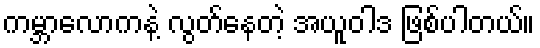
ကမ္ဘာလောကနဲ့ လွတ်နေတဲ့ အယူဝါဒ ဖြစ်ပါတယ်။